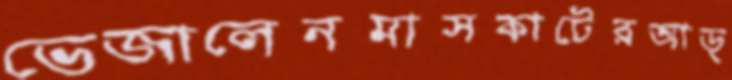
ভেজালেনমাসকাটেরআড্